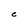
Character: e